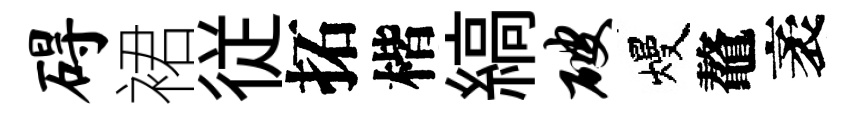
碍裙従拓楷縞破熳鼇袤